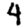
Digit: 4